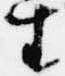
生